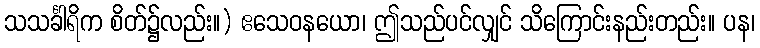
သသင်္ခါရိက စိတ်၌လည်း။) ဧသေဝနယော၊ ဤသည်ပင်လျှင် သိကြောင်းနည်းတည်း။ ပန၊